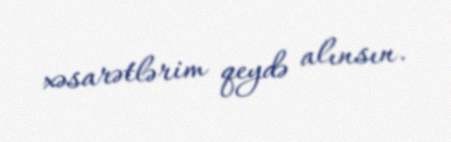
xəsarətlərim qeydə alınsın.